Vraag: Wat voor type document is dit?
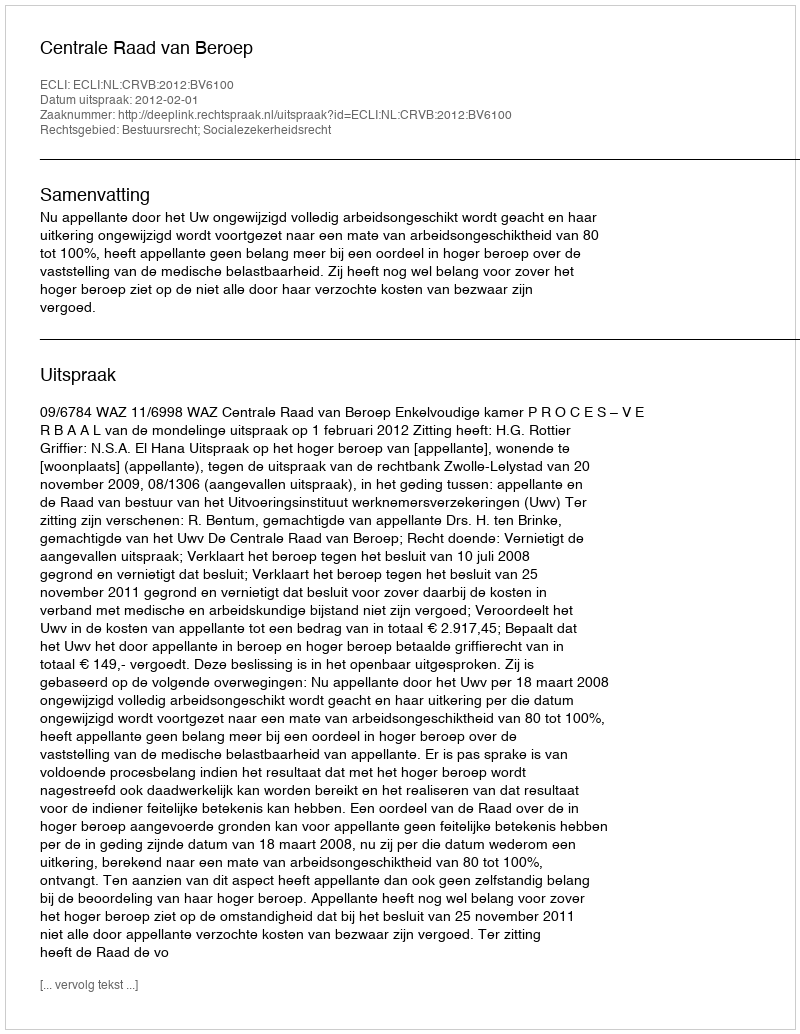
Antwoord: Uitspraak